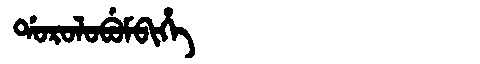
Manchu: ᡩᠣᡵᠣᠯᠣᠪᡠᠮᠪᡳᡥᡝ
Romanization: DOROLOBUMBIHE